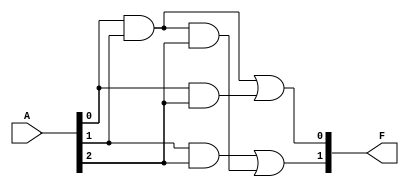
module masked_pal (
    input wire [n-1:0] A,  // n inputs
    output wire [o-1:0] F  // o outputs
);

// Parameters
parameter n = 3; // Number of inputs (A, B, C, etc.)
parameter m = 4; // Number of fixed AND terms (P1, P2, P3, P4)
parameter o = 2; // Number of programmable outputs (F1, F2)

// Internal signals for the AND gates
wire [m-1:0] P; // Product terms
wire [o-1:0] O; // OR outputs

// Fixed AND Gates
assign P[0] = A[0] & A[1];          // Example: P1 = A0 AND A1
assign P[1] = A[1] & A[2];          // Example: P2 = A1 AND A2
assign P[2] = A[0] & A[2];          // Example: P3 = A0 AND A2
assign P[3] = A[0] & A[1] & A[2];   // Example: P4 = A0 AND A1 AND A2

// Programmable OR Gates
// These connections are configurable during manufacturing
assign O[0] = P[0] | P[2]; // F1 can be programmed to connect to P1 and P3
assign O[1] = P[1] | P[3]; // F2 can be programmed to connect to P2 and P4

// Final outputs
assign F = O;

endmodule